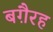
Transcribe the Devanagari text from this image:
बग़ैरह